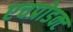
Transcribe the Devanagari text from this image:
एचप्रोडक्ट